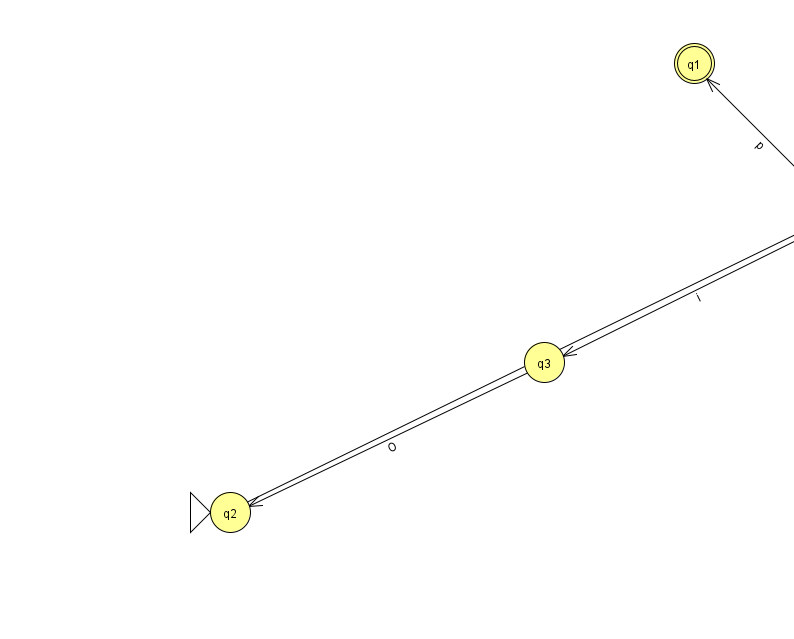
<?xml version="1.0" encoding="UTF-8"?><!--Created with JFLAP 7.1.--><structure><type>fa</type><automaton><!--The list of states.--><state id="0" name="q0"><x>844.0</x><y>200.0</y></state><state id="1" name="q1"><x>694.0</x><y>50.0</y><final/></state><state id="2" name="q2"><x>230.0</x><y>499.0</y><initial/></state><state id="3" name="q3"><x>544.0</x><y>349.0</y></state><!--The list of transitions.--><transition><from>2</from><to>0</to><read>Z</read></transition><transition><from>0</from><to>1</to><read>p</read></transition><transition><from>3</from><to>2</to><read>O</read></transition><transition><from>0</from><to>3</to><read>i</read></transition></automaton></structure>